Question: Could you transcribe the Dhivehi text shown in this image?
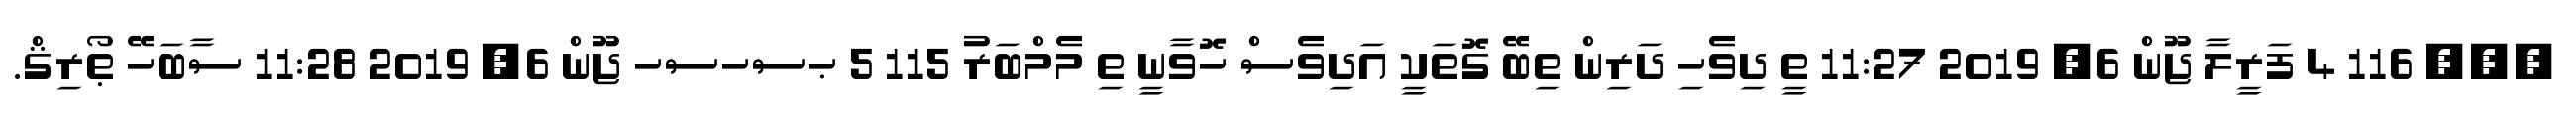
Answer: ??? 116 4 ފަރީލާ ޖޫން 6, 2019 11:27 ތީ ދިވެހި ދަރިން ތިބޭ ގޮތަކީ އަދިވެސް ހޮވާނީ ތި މެމްބަރު 115 5 ޙސހސހ ޖޫން 6, 2019 11:28 ސާބަހޭ ޠޯރިޤް.